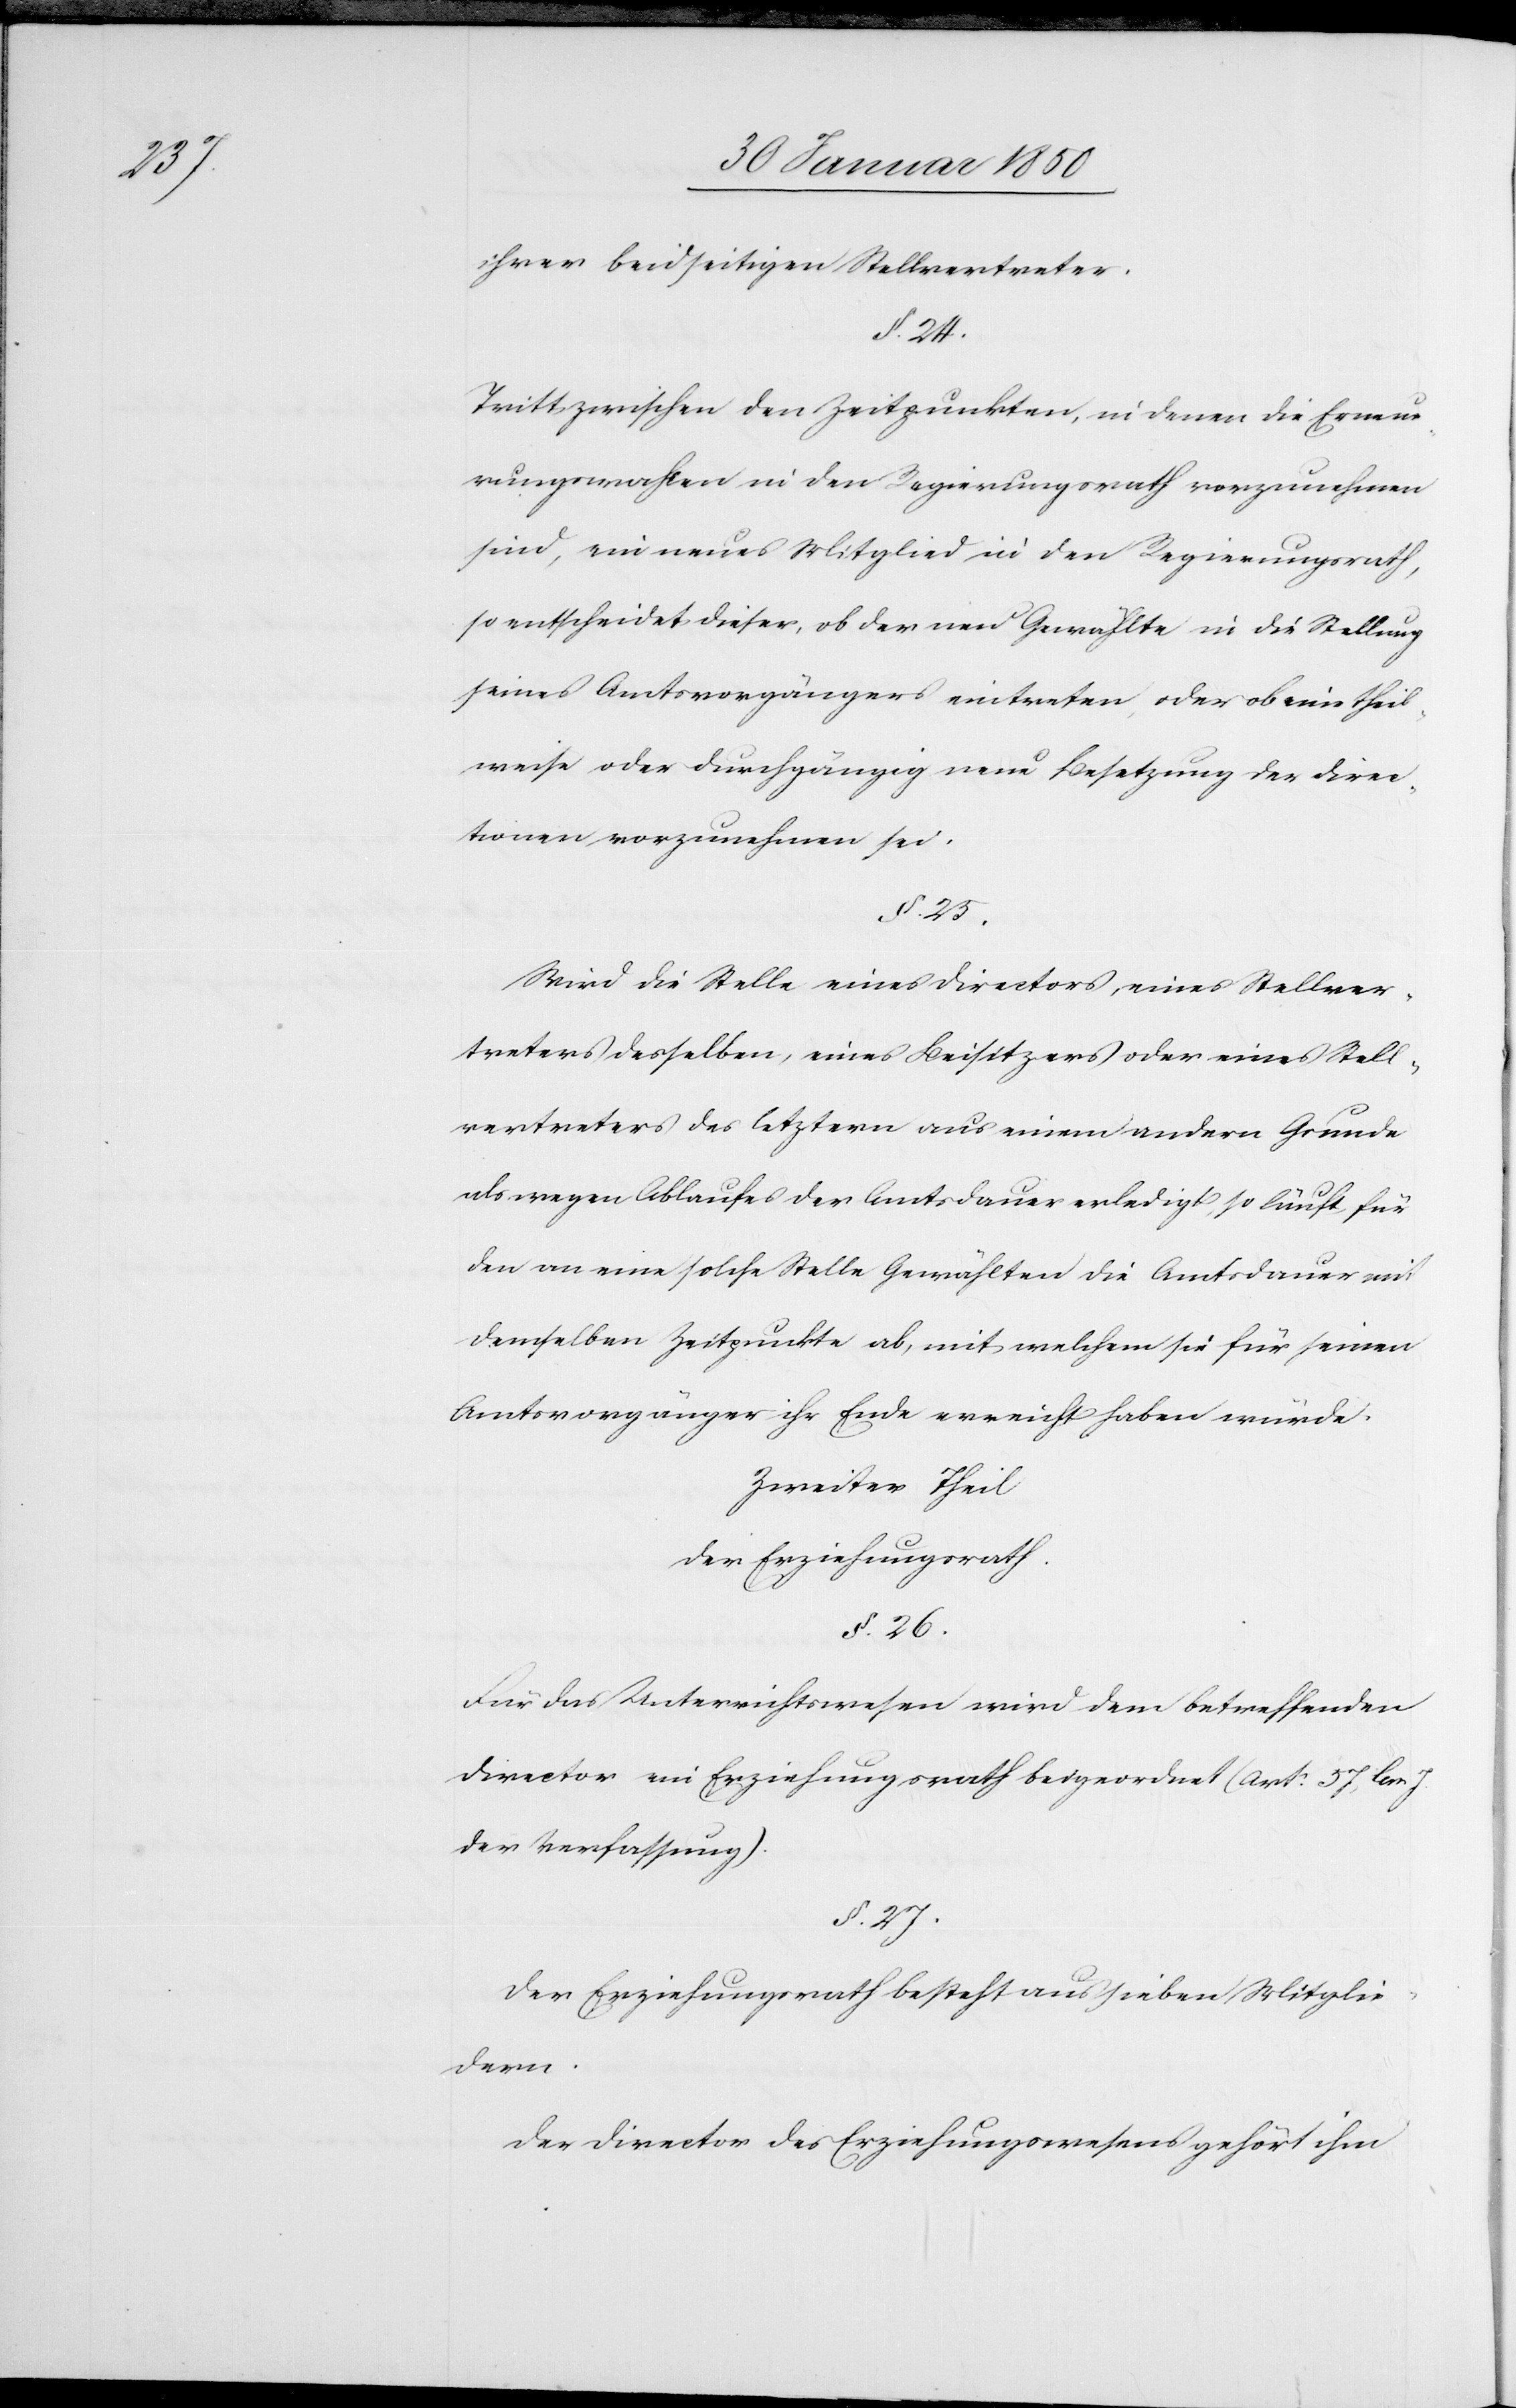
ihrer beidseitigen Stellvertreter.
§. 24.
Tritt zwischen den Zeitpunkten, in denen die Erneue¬
rungswahlen in den Regierungsrath vorzunehmen
sind, ein neues Mitglied in den Regierungsrath,
so entscheidet dieser, ob der neu Gewählte in die Stellung
seines Amtsvorgängers eintreten, oder ob eine theil¬
weise oder durchgängig neue Besetzung der Direc¬
tionen vorzunehmen sei.
§. 25.
Wird die Stelle eines Directors, eines Stellver¬
treters desselben, eines Beisitzers oder eines Stell¬
vertreters des letztern aus einem andern Grunde
als wegen Ablaufes der Amtsdauer erledigt, so läuft für
den an eine solche Stelle Gewählten die Amtsdauer mit
demselben Zeitpunkte ab, mit welchem sie für seinen
Amtsvorgänger ihr Ende erreicht haben würde.
Zweiter Theil
Der Erziehungsrath.
§. 26.
Für das Unterrichtswesen wird dem betreffenden
Director ein Erziehungsrath beigeordnet (Art: 57, lem J.
der Verfassung).
§. 27.
Der Erziehungsrath besteht aus sieben Mitglie¬
dern.
Der Director des Erziehungsrathes gehört ihm